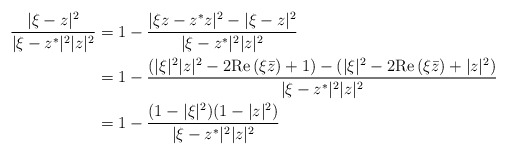
\begin{align*} \frac{|\xi-z|^2}{|\xi-z^*|^2|z|^2} &=1-\frac{|\xi z-z^*z|^2-|\xi-z|^2}{|\xi-z^*|^2|z|^2} \\ &=1-\frac{(|\xi|^2|z|^2-2 {\rm Re}\, (\xi \bar z) +1)- (|\xi|^2- 2 {\rm Re}\,(\xi \bar z) +|z|^2)}{|\xi-z^*|^2|z|^2} \\ &= 1-\frac{(1-|\xi|^2)(1-|z|^2)}{|\xi-z^*|^2|z|^2} \end{align*}